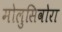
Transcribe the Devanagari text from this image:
मोलुसिवोरा